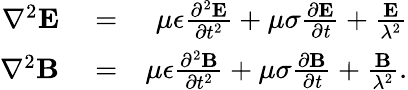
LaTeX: \begin{array}{rlr}{\nabla^{2}\mathbf{E}}&{{}=}&{\mu\epsilon\frac{\partial^{2}\mathbf{E}}{\partial t^{2}}+\mu\sigma\frac{\partial\mathbf{E}}{\partial\mathit{t}}+\frac{\mathbf{E}}{\lambda^{2}}}\\ {\nabla^{2}\mathbf{B}}&{{}=}&{\mu\epsilon\frac{\partial^{2}\mathbf{B}}{\partial t^{2}}+\mu\sigma\frac{\partial\mathbf{B}}{\partial\mathit{t}}+\frac{\mathbf{B}}{\lambda^{2}}.}\end{array}